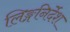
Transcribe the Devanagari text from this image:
लिङ्गनिर्देश